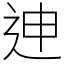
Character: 迧